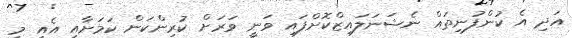
އަދި އެ ކުންފުނިތައް ނެޝަނަލައިޒްކޮށްފައި ވަނީ ވަރަށް ކުރިންކަން ކަމަށާއި އެއީ މި